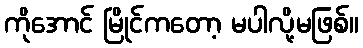
ကိုအောင် မြိုင်ကတော့ မပါလို့မဖြစ်။